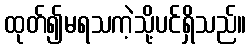
ထုတ်၍မရသကဲ့သို့ပင်ရှိသည်။